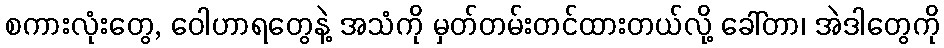
စကားလုံးတွေ, ဝေါဟာရတွေနဲ့ အသံကို မှတ်တမ်းတင်ထားတယ်လို့ ခေါ်တာ၊ အဲဒါတွေကို